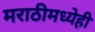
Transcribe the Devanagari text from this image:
मराठीमध्येही